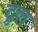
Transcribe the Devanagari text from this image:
द्रुल